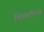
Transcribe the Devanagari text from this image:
शिकारींमध्ये